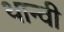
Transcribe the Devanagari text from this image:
थान्वी